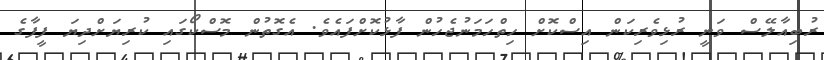
ރުބިއާލޭސް ވަނީ ރުޅިވެރިކަން އިސްކޮށް ހިތްހަމަނުޖެހުން ފާޅުކޮށްފައެވެ. އެގޮތުން މޮސްކޯގައި ކުރިޔަށްދިޔަ ފީފާގެ